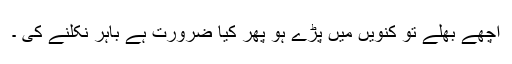
اچھے بھلے تو کنویں میں پڑے ہو پھر کیا ضرورت ہے باہر نکلنے کی ۔